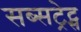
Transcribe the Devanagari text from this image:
सब्सट्रेट्स